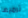
ترميها